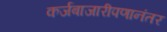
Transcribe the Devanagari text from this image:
कर्जबाजारीपणानंतर